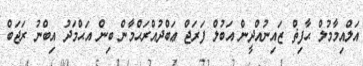
އަލްއިމާމުލް ޙާފިޡް ޒައިނުއްދީން އަބުލް ފަރަޖް ޢަބްދުއްރަޙްމާން ބިން އަޙްމަދު އިބްނު ރަޖަބް